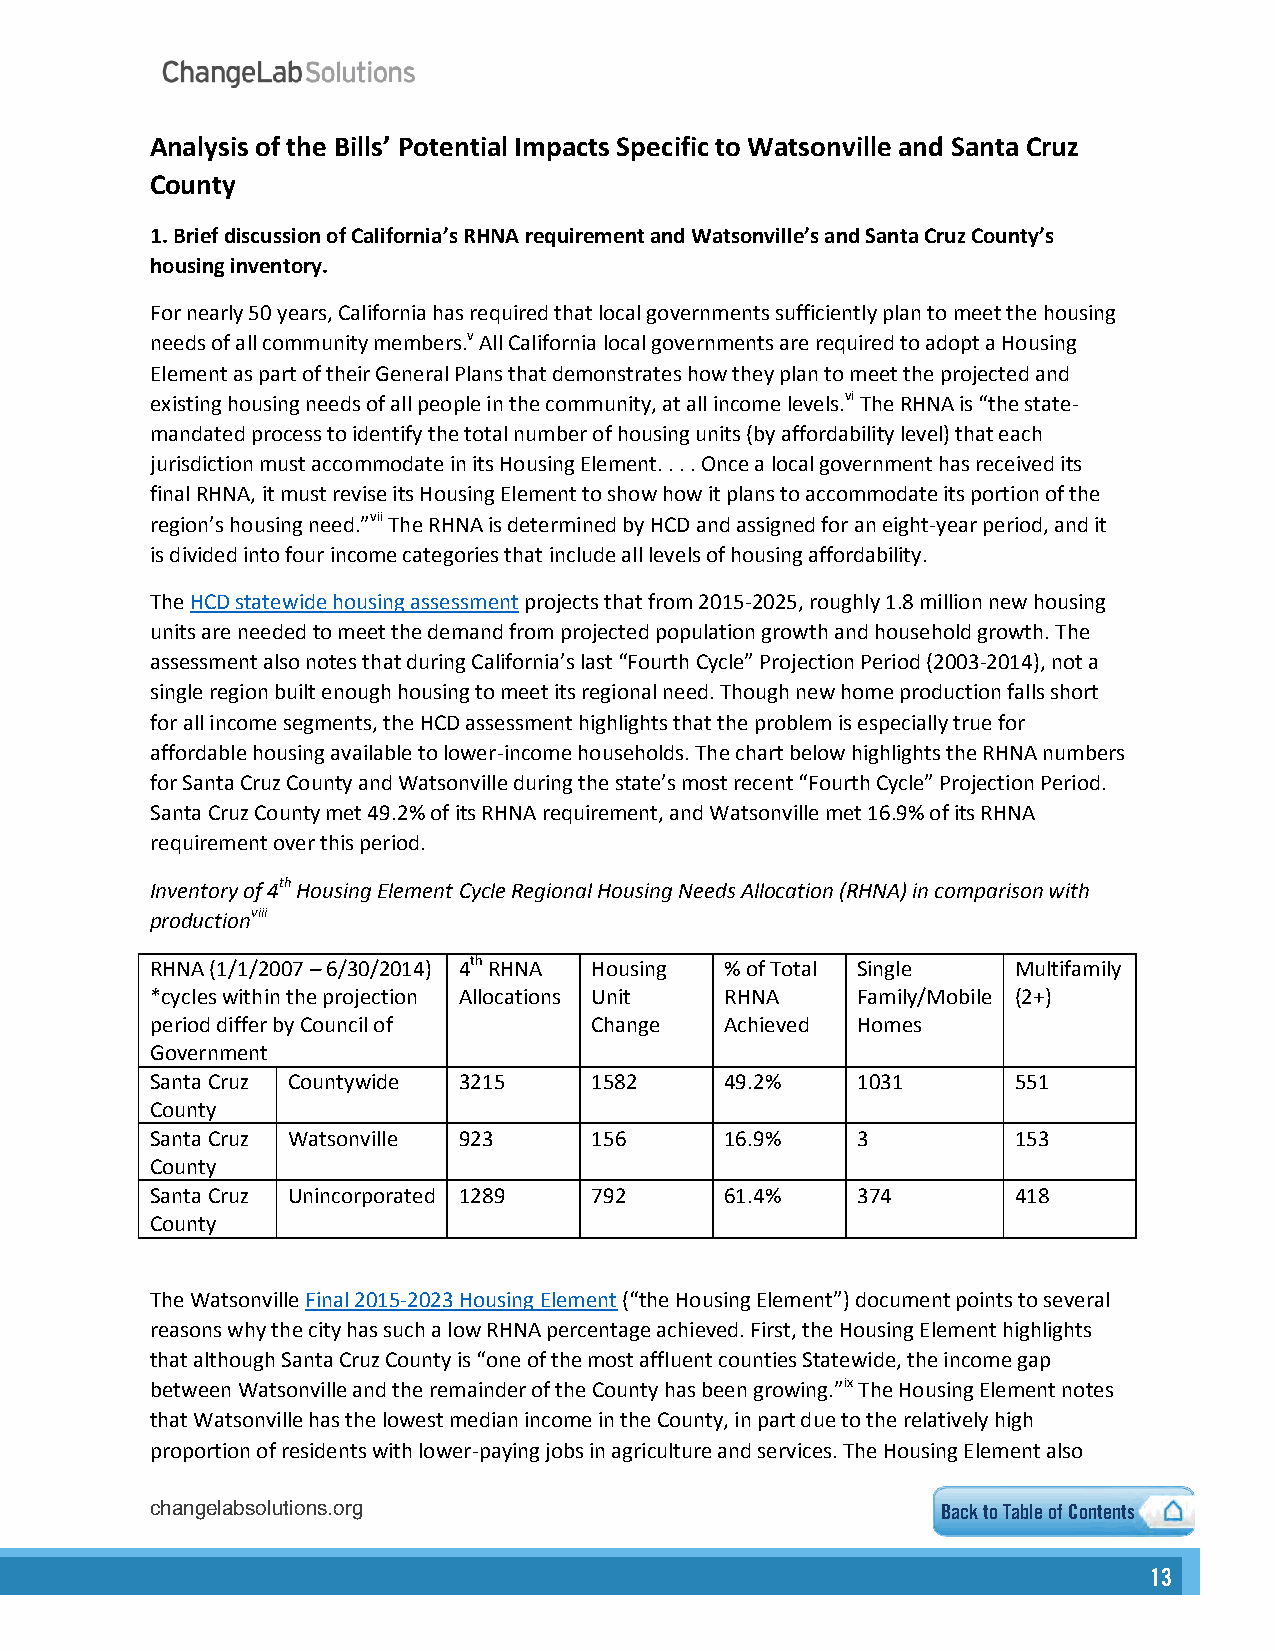
Analysis of the Bills’ Potential Impacts Specific to Watsonville and Santa Cruz
 County
 1.Brief discussion of California’s RHNA requirement and Watsonville’s and Santa Cruz County’s
 housing inventory.
 For nearly 50 years, California has required that local governments sufficiently plan to meet the housing
 needs of all community members.v All California local governments are required to adopt a Housing
 Element as part of their General Plans that demonstrates how they plan to meet the projected and
 existing housing needs of all people in the community, at all income levels.vi The RHNA is “the state-
 mandated process to identify the total number of housing units (by affordability level) that each
 jurisdiction must accommodate in its Housing Element. . . . Once a local government has received its
 final RHNA, it must revise its Housing Element to show how it plans to accommodate its portion of the
 region’s housing need.”vii The RHNA is determined by HCD and assigned for an eight-year period, and it
 is divided into four income categories that include all levels of housing affordability.
 The HCD statewide housing assessment projects that from 2015-2025, roughly 1.8 million new housing
 units are needed to meet the demand from projected population growth and household growth. The
 assessment also notes that during California’s last “Fourth Cycle” Projection Period (2003-2014), not a
 single region built enough housing to meet its regional need. Though new home production falls short
 for all income segments, the HCD assessment highlights that the problem is especially true for
 affordable housing available to lower-income households. The chart below highlights the RHNA numbers
 for Santa Cruz County and Watsonville during the state’s most recent “Fourth Cycle” Projection Period.
 Santa Cruz County met 49.2% of its RHNA requirement, and Watsonville met 16.9% of its RHNA
 requirement over this period.
 Inventory of 4th Housing Element Cycle Regional Housing Needs Allocation (RHNA) in comparison with
 productionviii
 RHNA (1/1/2007 – 6/30/2014) 4th RHNA Housing % of Total Single Multifamily
 *cycles within the projection Allocations Unit RHNA Family/Mobile (2+)
 period differ by Council of  Change   Achieved Homes
 Government
 Santa Cruz Countywide 3215   1582     49.2%    1031      551
 County
 Santa Cruz Watsonville 923   156      16.9%    3         153
 County
 Santa Cruz Unincorporated 1289 792    61.4%    374       418
 County
 The Watsonville Final 2015-2023 Housing Element (“the Housing Element”) document points to several
 reasons why the city has such a low RHNA percentage achieved. First, the Housing Element highlights
 that although Santa Cruz County is “one of the most affluent counties Statewide, the income gap
 between Watsonville and the remainder of the County has been growing.”ix The Housing Element notes
 that Watsonville has the lowest median income in the County, in part due to the relatively high
 proportion of residents with lower-paying jobs in agriculture and services. The Housing Element also
 changelabsolutions.org                              Back to Table6 o f Contents
 1133